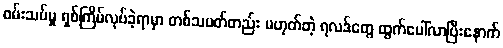
စမ်းသပ်မှု ရှစ်ကြိမ်လုပ်ခဲ့ရာမှာ တစ်သမတ်တည်း မဟုတ်တဲ့ ရလဒ်တွေ ထွက်ပေါ်လာပြီးနောက်